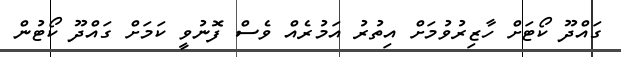
ގައްދޫ ކޯޓަށް ހާޒިރުވުމަށް އިތުރު އަމުރެއް ވެސް ފޮނުވީ ކަމަށް ގައްދޫ ކޯޓުން